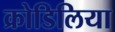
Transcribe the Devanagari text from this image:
क्रोडिलिया